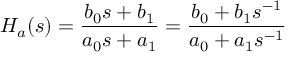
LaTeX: H _ { a } ( s ) = { \frac { b _ { 0 } s + b _ { 1 } } { a _ { 0 } s + a _ { 1 } } } = { \frac { b _ { 0 } + b _ { 1 } s ^ { - 1 } } { a _ { 0 } + a _ { 1 } s ^ { - 1 } } }